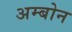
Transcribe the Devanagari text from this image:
अम्बोन